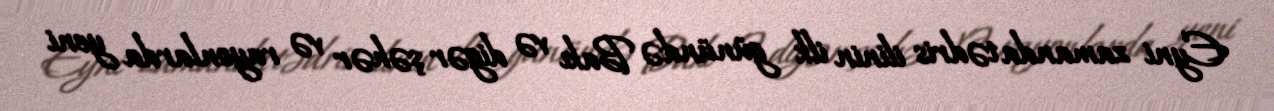
Eyni zamanda tədris ilinin ilk günündə Bakı və digər şəhər və rayonlarda yeni